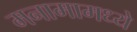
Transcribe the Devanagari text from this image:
मनामामध्ये